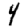
Digit: 4